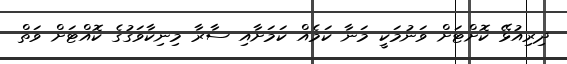
ދިރިއުޅޭ ކޮށްޓަށް ވަނުމަކީ މަނާ ކަމެއް ކަމަށާއި ސާރާ މިނިކާވަގުގެ ކޮއްޓަށް ވަތް